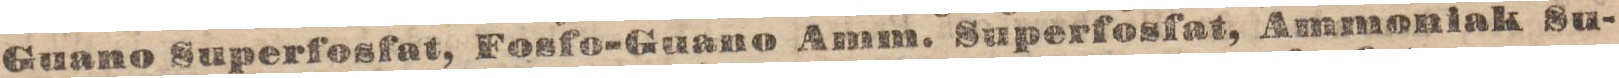
Guano Superfosfat, Fosfo-Guano Amm. Superfosfat, Ammoniak Su-